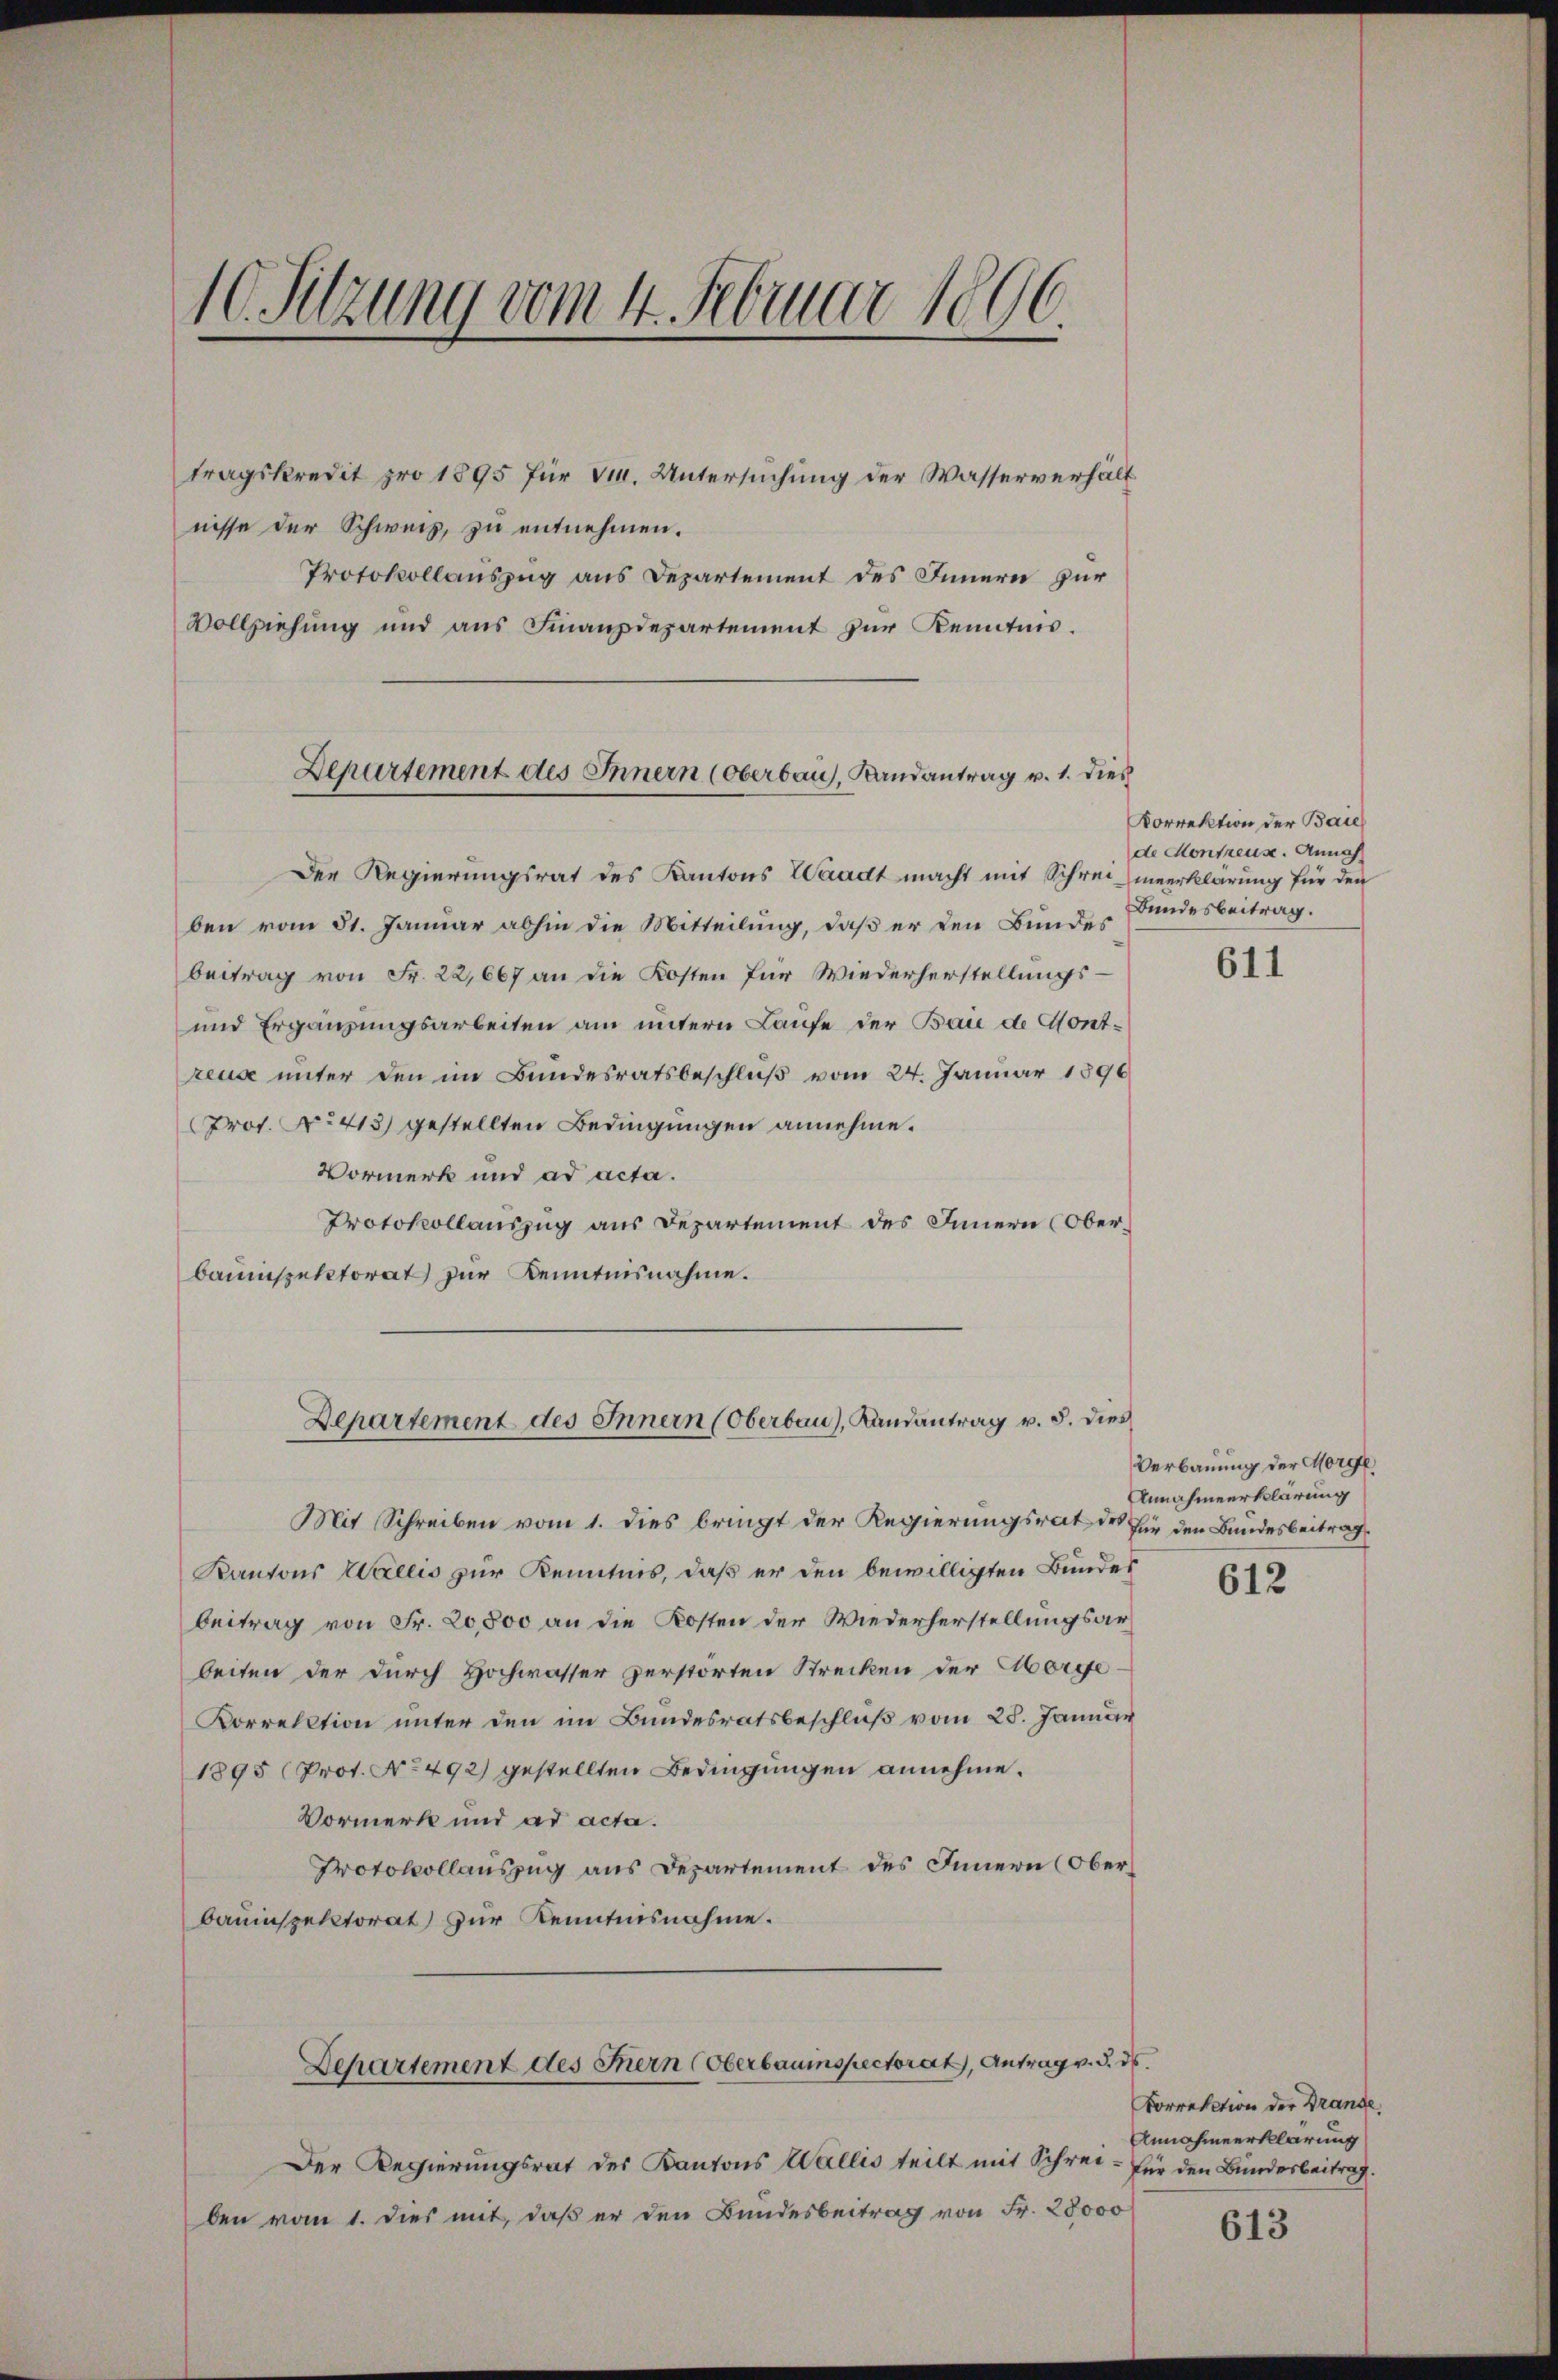
10. Sitzung vom 4. Februar 1896.

tragskredit pro 1895 für 3. Untersuchung der Wasserverhält
nisse der Schweiz, zu entnehmen.
Protokollauszug aus Departement des Innern zur
Vollziehung und aus Finanzdepartement zur Kenntnis.

Departement des Innern (Oberbau, Randantrag v. 1. dies

Der Regierungsrat des Kantons Waadt macht mit Schrei meerklärung für den
ben vom 31. Januar abhin die Mitteilung, daß er den Bundes
beitrag von Fr. 22,667 an die Kosten für Wiederherstellungs-
und Ergänzungsarbeiten am untern Laufe der Baie de Montzeus unter den im Bundesratsbeschluß vom 24. Januar 1896
Prof. No 413) gestellten Bedingungen annehme.
Vormerk und ad acta.
Protokollauszug aus Departement des Innern (Oberbauinspektorat zur Kenntnisnahme.
Mit Schreiben vom 1. dies bringt der Regierungsrat des fie den Bundesbeitrag
Kantons Wallis zur Kenntnis, daß er den bewilligten Bundes
beitrag von Fr. 20,800 an die Kosten der Wiederherstellungsarbeiten der durch Hochwasser zerstörten Strecken der Morge¬
Porrektion unter den im Bundesratsbeschluß vom 25. Januar
1895 (Prot. No 492) gestellten Bedingungen annehme.
Vormerk und ad acta.
Protokollauszug aus Departement des Innern (Oberbauinspektorat zur Kenntnisnahme.
Departement des Thern (Oberbauinspectorat, Antrag v. d. ds.
Der Regierungsrat des Kantons Wallis teilt mit Schrei- für den Bundesbeitrag.
ben vom 1. dies mit, daß er den Bundesbeitrag von Fr. 28000

Departement des Innern (Oberbau), Landantrag v. 5. dies

Korrektion der Baie
de Montreuse. Annah
Bundesbeitrag.

611

Verbauung der Morge
Annahmeerklärung

612

Vorrektion der Brande
Annahmeerklärung

613